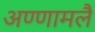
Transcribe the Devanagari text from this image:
अण्णामलै